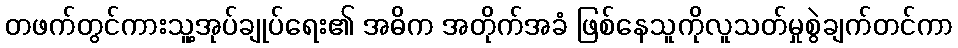
တဖက်တွင်ကားသူ့အုပ်ချုပ်ရေး၏ အဓိက အတိုက်အခံ ဖြစ်နေသူကိုလူသတ်မှုစွဲချက်တင်ကာ